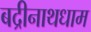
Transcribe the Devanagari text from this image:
बद्रीनाथधाम